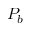
P _ { b }